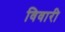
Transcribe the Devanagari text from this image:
विवारी